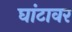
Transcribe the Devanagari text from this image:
घांटावर